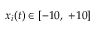
x _ { i } ( t ) \in [ - 1 0 , ~ + 1 0 ]